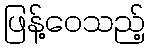
ဖြန့်ဝေသည့်